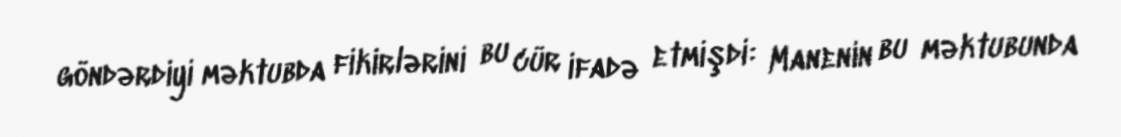
göndərdiyi məktubda fikirlərini bu cür ifadə etmişdi: Manenin bu məktubunda